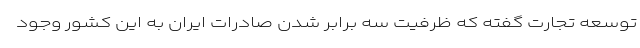
توسعه تجارت گفته که ظرفیت سه برابر شدن صادرات ایران به این کشور وجود